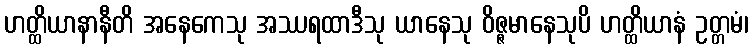
ဟတ္ထိယာနာနီတိ အနေကေသု အဿရထာဒီသု ယာနေသု ဝိဇ္ဇမာနေသုပိ ဟတ္ထိယာနံ ဥတ္တမံ၊